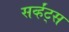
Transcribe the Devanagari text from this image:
सर्व्हंट्स